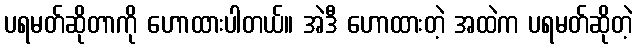
ပရမတ်ဆိုတာကို ဟောထားပါတယ်။ အဲဒီ ဟောထားတဲ့ အထဲက ပရမတ်ဆိုတဲ့